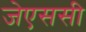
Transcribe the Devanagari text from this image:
जेएससी